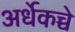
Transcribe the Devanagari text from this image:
अर्धेकच्चे